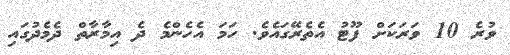
ވުރެ 10 ވަރަކަށް ފޫޓު އެތެރޭގައެވެ. ހަމަ އެހެންމެ ދެ އިމާރާތް ދެމެދުގައި